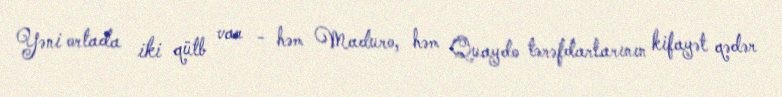
Yəni ortada iki qütb var - həm Maduro, həm Quaydo tərəfdarlarının kifayət qədər